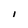
Character: i